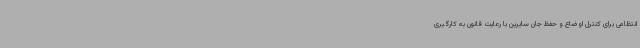
انتظامی برای کنترل اوضاع و حفظ جان سایرین با رعایت قانون به کارگیری